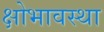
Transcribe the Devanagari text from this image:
क्षोभावस्था